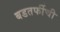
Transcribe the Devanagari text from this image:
बडतर्फीची